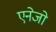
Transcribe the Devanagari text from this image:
एनेजो